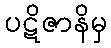
ပဋိဇာနိမှ